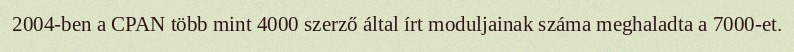
2004-ben a CPAN több mint 4000 szerző által írt moduljainak száma meghaladta a 7000-et.